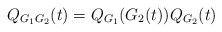
\begin{align*}Q_{G_1G_2}(t)=Q_{G_1}(G_2(t))Q_{G_2}(t)\end{align*}